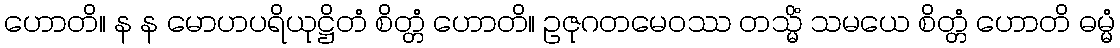
ဟောတိ။ န န မောဟပရိယုဋ္ဌိတံ စိတ္တံ ဟောတိ။ ဥဇုဂတမေဝဿ တသ္မိံ သမယေ စိတ္တံ ဟောတိ ဓမ္မံ